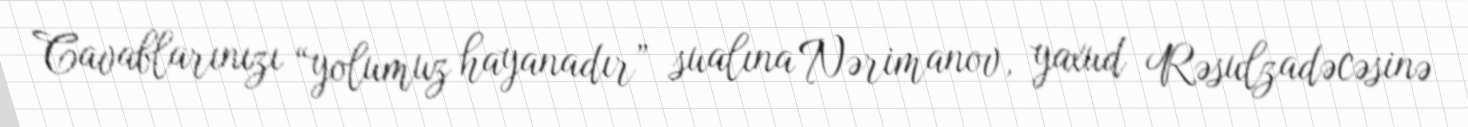
Cavablarınızı “yolumuz hayanadır” sualına Nərimanov, yaxud Rəsulzadəcəsinə